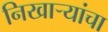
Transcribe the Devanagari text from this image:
निखाऱ्यांचा